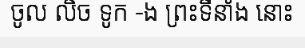
ចូល លិច ទូក -ង ព្រះទីនាំង នោះ